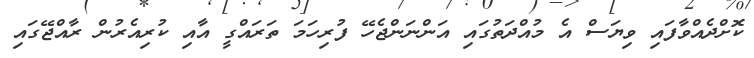
ކޮށްދެއްވާފައި ވިޔަސް އެ މުއްދަތުގައި އަންނަންޖެހޭ ފުރިހަމަ ތަރައްގީ އާއި ކުރިއެރުން ރާއްޖޭގައި